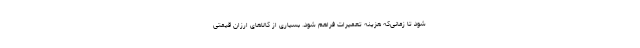
شود تا زمانی‌که هزینه تعمیرات فراهم شود. بسیاری از کالاهای ارزان قیمتی